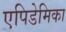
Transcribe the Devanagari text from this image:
एपिडेमिका